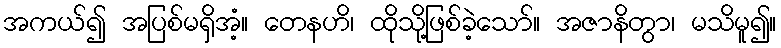
အကယ်၍ အပြစ်မရှိအံ့။ တေနဟိ၊ ထိုသို့ဖြစ်ခဲ့သော်။ အဇာနိတွာ၊ မသိမူ၍။